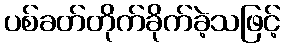
ပစ်ခတ်တိုက်ခိုက်ခဲ့သဖြင့်